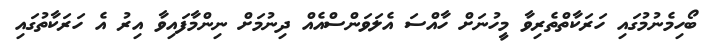
ބޯހިމެނުމުގައި ހަރަކާތްތެރިވާ މީހުނަށް ހާއްސަ އެލަވަންސްއެއް ދިނުމަށް ނިންމާފައިވާ އިރު އެ ހަރަކާތުގައި